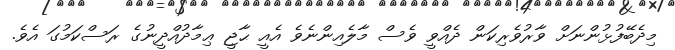
މިދެބޭފުޅުންނަށް ވާރުވެރިކަން ދެއްވީ ވެސް މާލެއިންނެވެ އެއީ ޙާޖީ ޢިމާދުއްދީނުގެ ރަސްކަމުގަ އެވެ.